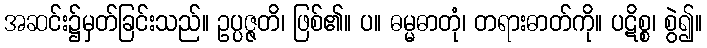
အဆင်း၌မှတ်ခြင်းသည်။ ဥပ္ပဇ္ဇတိ၊ ဖြစ်၏။ ပ။ ဓမ္မဓာတုံ၊ တရားဓာတ်ကို။ ပဋိစ္စ၊ စွဲ၍။